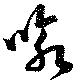
喩